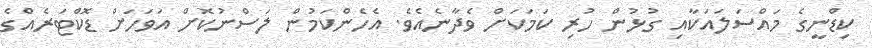
ކިޑްނީގެ މައްސަލައަކާއި ގުޅުން ހުރި ކަމަކަށް ވެދާނެއެވެ. އެހެންކަމުން ލަސްނުކޮށް އަވަހަށް ޑޮކްޓަރެއްގެ